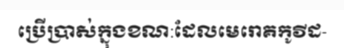
ប្រើប្រាស់ក្នុងខណ:ដែលមេរោគកូវីដ-